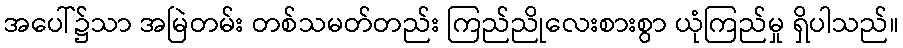
အပေါ်၌သာ အမြဲတမ်း တစ်သမတ်တည်း ကြည်ညိုလေးစားစွာ ယုံကြည်မှု ရှိပါသည်။